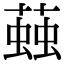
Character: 𧏊